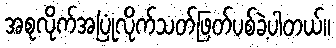
အစုလိုက်အပြုံလိုက်သတ်ဖြတ်ပစ်ခဲ့ပါတယ်။